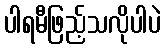
ပါရမီဖြည့်သလိုပါပဲ